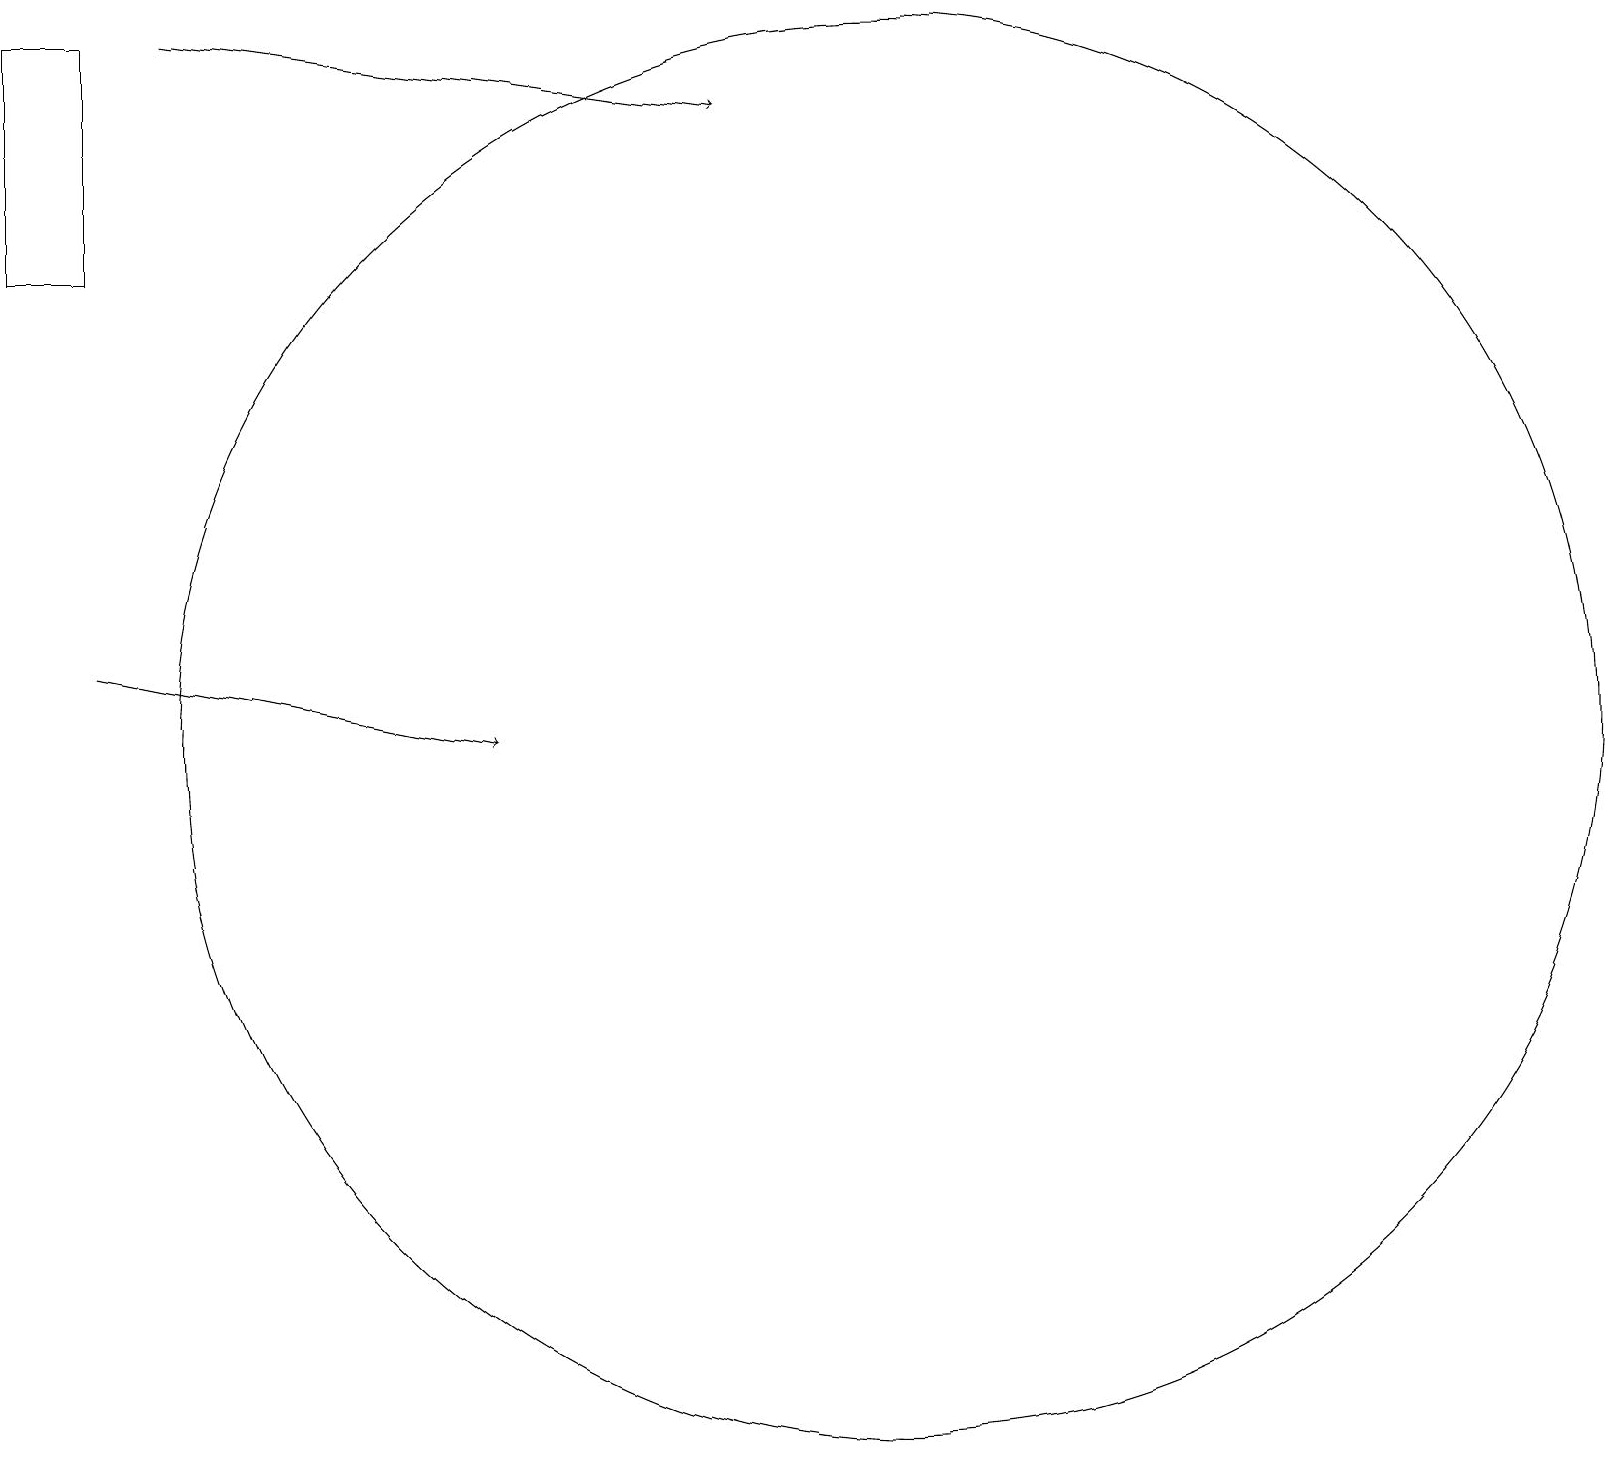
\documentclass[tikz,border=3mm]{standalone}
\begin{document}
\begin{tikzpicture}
\draw (0,16) rectangle (1,19);
\draw (11,10) circle (9);
\draw[->] (1,11) -- (6,10);
\draw[->] (2,19) -- (9,18);
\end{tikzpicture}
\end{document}